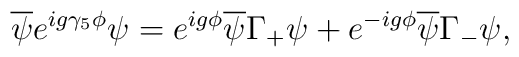
\overline{\psi}e^{ig\gamma_5\phi}\psi = e^{ig\phi}\overline{\psi}\Gamma_+\psi + e^{-ig\phi}\overline{\psi}\Gamma_-\psi,